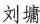
刘墉